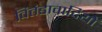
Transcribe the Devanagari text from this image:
वितंडावादियों